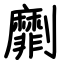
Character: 劘